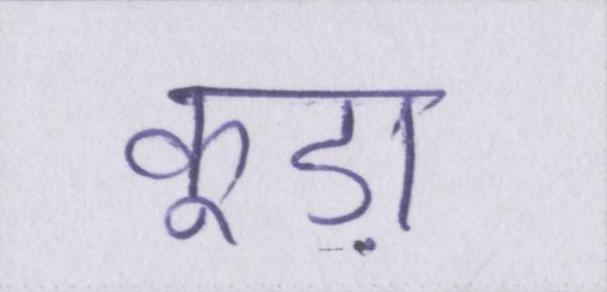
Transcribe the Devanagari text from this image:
कूड़ा